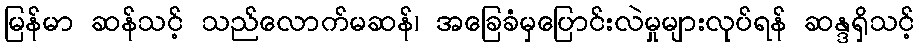
မြန်မာ ဆန်သင့် သည်လောက်မဆန်၊ အခြေခံမှပြောင်းလဲမှုများလုပ်ရန် ဆန္ဒရှိသင့်